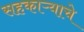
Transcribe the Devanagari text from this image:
सहकाऱ्याचे